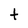
Character: t